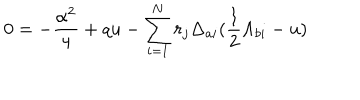
0 = - { \frac { \alpha ^ { 2 } } { 4 } } + q u - \sum _ { i = 1 } ^ { N } r _ { j } \Delta _ { a i } ( { \frac { 1 } { 2 } } \Lambda _ { b i } - u )